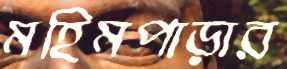
মহিমপাড়ার